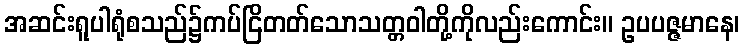
အဆင်းရူပါရုံစသည်၌ကပ်ငြိတတ်သောသတ္တဝါတို့ကိုလည်းကောင်း။ ဥပပဇ္ဇမာနေ၊